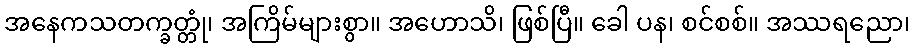
အနေကသတက္ခတ္တုံ၊ အကြိမ်များစွာ။ အဟောသိ၊ ဖြစ်ပြီ။ ခေါ ပန၊ စင်စစ်။ အဿရညော၊